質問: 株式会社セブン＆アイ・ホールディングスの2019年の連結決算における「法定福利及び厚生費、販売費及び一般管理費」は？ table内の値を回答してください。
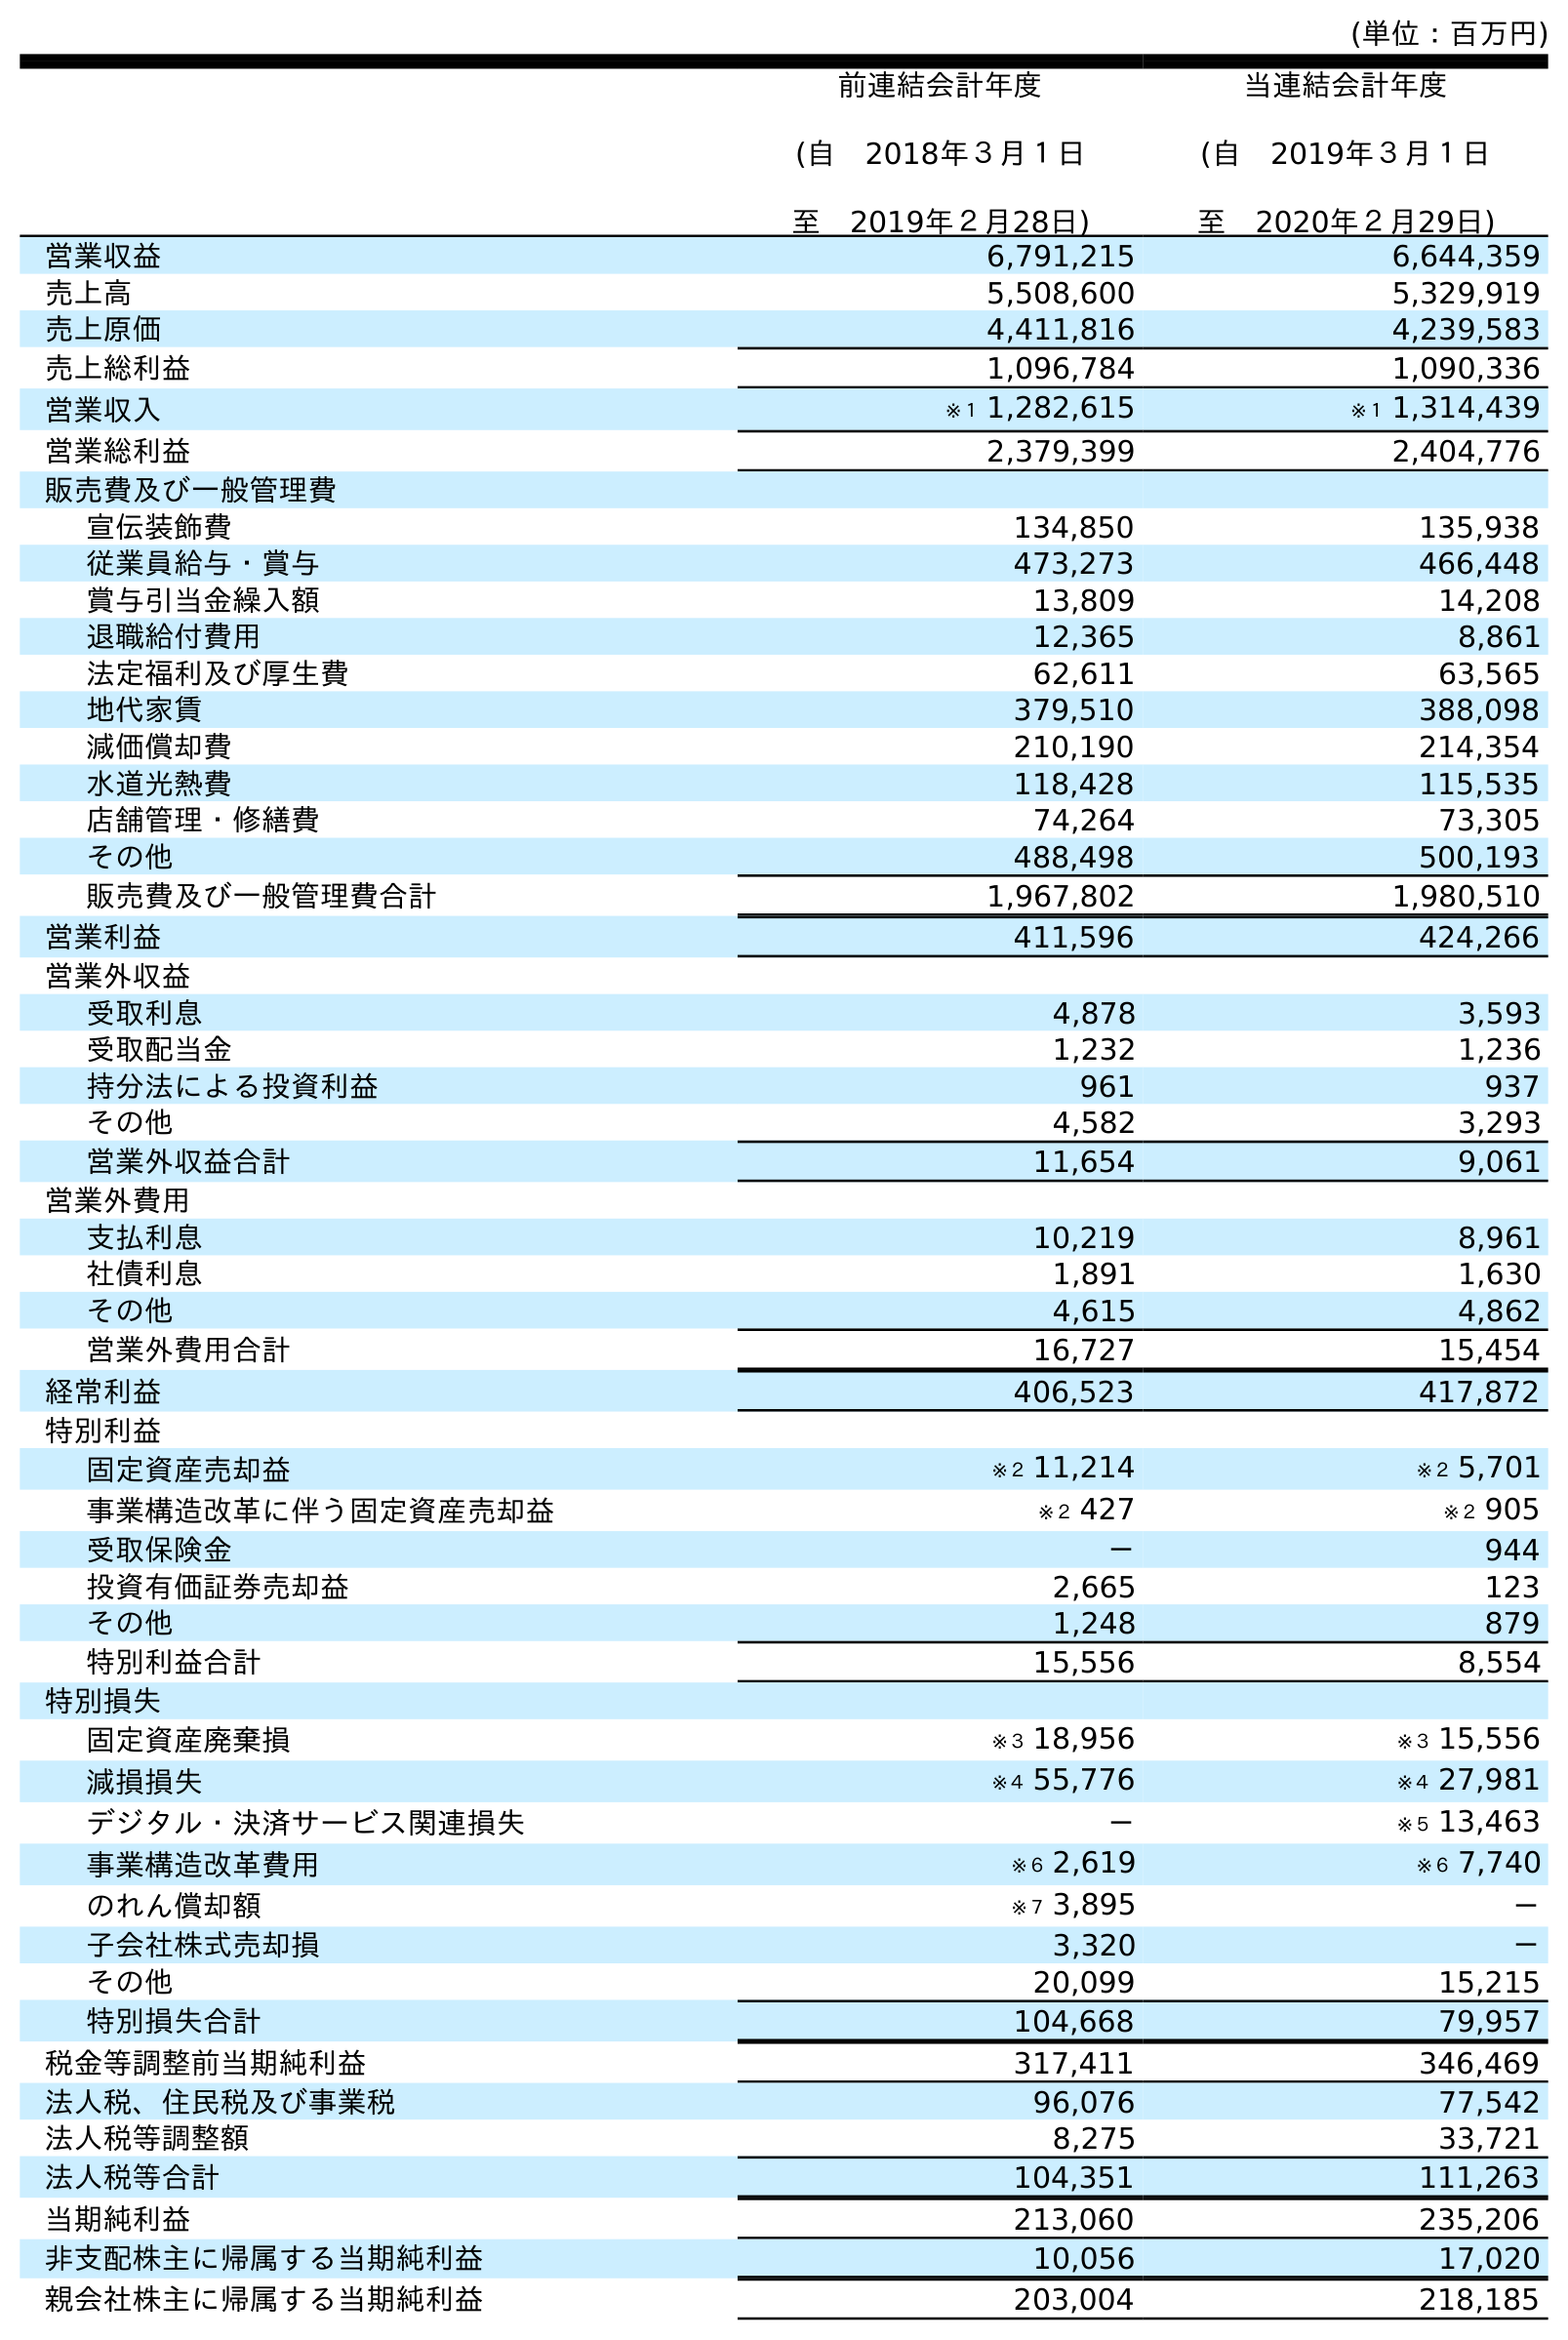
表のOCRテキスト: (単位：百万円) 前連結会計年度 (自 2018年３月１日 至 2019年２月28日) 当連結会計年度 (自 2019年３月１日 至 2020年２月29日) 営業収益 6,791,215 6,644,359 売上高 5,508,600 5,329,919 売上原価 4,411,816 4,239,583 売上総利益 1,096,784 1,090,336 営業収入 ※１ 1,282,615 ※１ 1,314,439 営業総利益 2,379,399 2,404,776 販売費及び一般管理費 宣伝装飾費 134,850 135,938 従業員給与・賞与 473,273 466,448 賞与引当金繰入額 13,809 14,208 退職給付費用 12,365 8,861 法定福利及び厚生費 62,611 63,565 地代家賃 379,510 388,098 減価償却費 210,190 214,354 水道光熱費 118,428 115,535 店舗管理・修繕費 74,264 73,305 その他 488,498 500,193 販売費及び一般管理費合計 1,967,802 1,980,510 営業利益 411,596 424,266 営業外収益 受取利息 4,878 3,593 受取配当金 1,232 1,236 持分法による投資利益 961 937 その他 4,582 3,293 営業外収益合計 11,654 9,061 営業外費用 支払利息 10,219 8,961 社債利息 1,891 1,630 その他 4,615 4,862 営業外費用合計 16,727 15,454 経常利益 406,523 417,872 特別利益 固定資産売却益 ※２ 11,214 ※２ 5,701 事業構造改革に伴う固定資産売却益 ※２ 427 ※２ 905 受取保険金 － 944 投資有価証券売却益 2,665 123 その他 1,248 879 特別利益合計 15,556 8,554 特別損失 固定資産廃棄損 ※３ 18,956 ※３ 15,556 減損損失 ※４ 55,776 ※４ 27,981 デジタル・決済サービス関連損失 － ※５ 13,463 事業構造改革費用 ※６ 2,619 ※６ 7,740 のれん償却額 ※７ 3,895 － 子会社株式売却損 3,320 － その他 20,099 15,215 特別損失合計 104,668 79,957 税金等調整前当期純利益 317,411 346,469 法人税、住民税及び事業税 96,076 77,542 法人税等調整額 8,275 33,721 法人税等合計 104,351 111,263 当期純利益 213,060 235,206 非支配株主に帰属する当期純利益 10,056 17,020 親会社株主に帰属する当期純利益 203,004 218,185
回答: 62,611